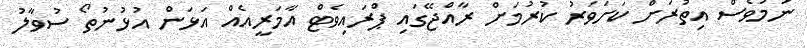
ނަމަވެސް އިތުރަށް ކަށަވަރު ކުރުމަށް ރާއްޖޭގައި ޕްރައިވެޓް އާމަރީއެއް އަޅަން އުޅުނުތޯ ސުވާލު